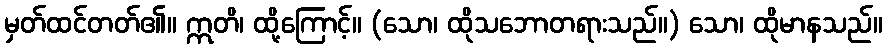
မှတ်ထင်တတ်၏။ ဣတိ၊ ထို့ကြောင့်။ (သော၊ ထိုသဘောတရားသည်။) သော၊ ထိုမာနသည်။